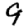
Digit: 9